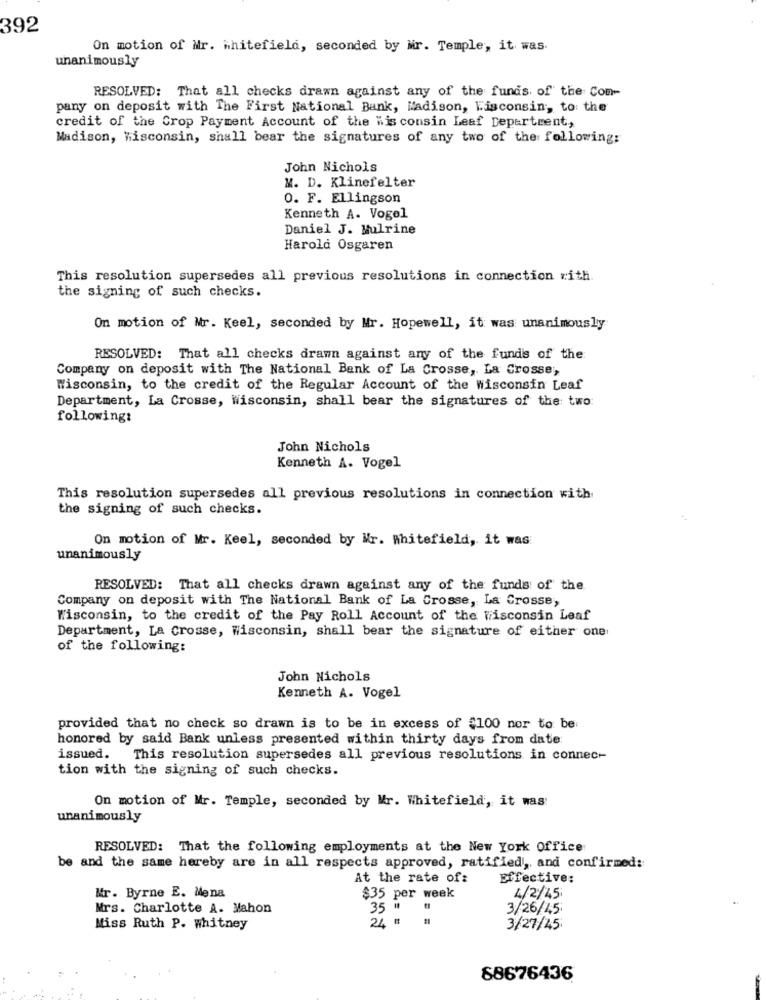
392
On motion of Mr. whitefield, seconded by Mr. Temple, it was.
unanimously
RESOLVED: That all checks drawn against any of the funds. of the Com-
pany on deposit with The First National Bank, Madison, Wisconsin, to: the
credit of the Crop Payment Account of the Wis consin Leaf Department,
Madison, Wisconsin, shall bear the signatures of any two of the following:
John Nichols
M. D. Klinefelter
0. F. Ellingson
Kenneth A. Vogel
Daniel J. Mulrine
Harold Osgaren
This resolution supersedes all previous resolutions in connection rith.
the signing of such checks.
On motion of Mr. Keel, seconded by Mr. Hopewell, it was unanimously
RESOLVED: That all checks drawn against any of the funds of the
Company on deposit with The National Bank of La Crosse, La Crosse,
Wisconsin, to the credit of the Regular Account of the Wisconsin Leaf
Department, La Crosse, Wisconsin, shall bear the signatures of the two
following:
John Nichols
Kenneth A. Vogel
This resolution supersedes all previous resolutions in connection with
the signing of such checks.
On motion of Mr. Keel, seconded by Mr. Whitefield, it was
unanimously
RESOLVED: That all checks drawn against any of the funds of the
Company on deposit with The National Bank of La Crosse, La Crosse,
Wisconsin, to the credit of the Pay Roll Account of the Wisconsin Leaf
Department, La Crosse, Wisconsin, shall bear the signature of either one
of the following:
John Nichols
Kenneth A. Vogel
provided that no check so drawn is to be in excess of $100 nor to be:
honored by said Bank unless presented within thirty days from date:
issued. This resolution supersedes all previous resolutions in connec-
tion with the signing of such checks.
On motion of Mr. Temple, seconded by Mr. Whitefield, it was:
unanimously
RESOLVED: That the following employments at the New York Office
be and the same hereby are in all respects approved, ratified, and confirmed:
At the rate of:
Effective:
Mr. Byrne E. Mena
$35 per week
4/2/45
Mrs. Charlotte A. Mahon
35 "
3/26/45
24 #
Miss Ruth P. whitney
3/27/45
68676436